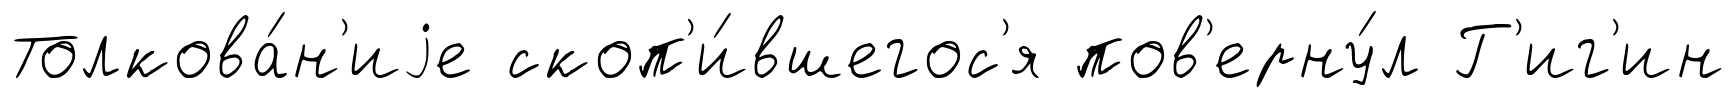
Толкова́н'иjе скоп'и́вшегос'я пов'ерну́л Г'иг'ин